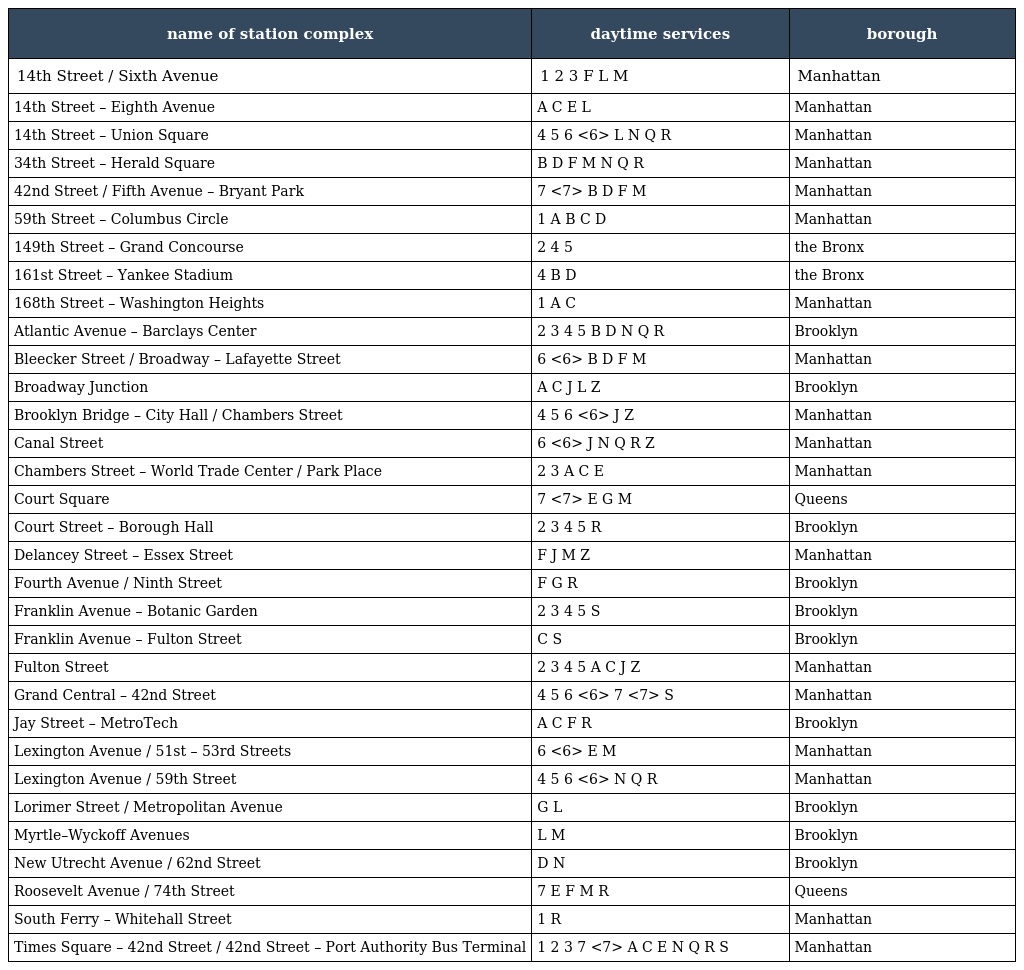
| name of station complex | daytime services | borough |
 | --- | --- | --- |
 | 14th Street / Sixth Avenue | 1 2 3 F L M | Manhattan |
 | 14th Street – Eighth Avenue | A C E L | Manhattan |
 | 14th Street – Union Square | 4 5 6 <6> L N Q R | Manhattan |
 | 34th Street – Herald Square | B D F M N Q R | Manhattan |
 | 42nd Street / Fifth Avenue – Bryant Park | 7 <7> B D F M | Manhattan |
 | 59th Street – Columbus Circle | 1 A B C D | Manhattan |
 | 149th Street – Grand Concourse | 2 4 5 | the Bronx |
 | 161st Street – Yankee Stadium | 4 B D | the Bronx |
 | 168th Street – Washington Heights | 1 A C | Manhattan |
 | Atlantic Avenue – Barclays Center | 2 3 4 5 B D N Q R | Brooklyn |
 | Bleecker Street / Broadway – Lafayette Street | 6 <6> B D F M | Manhattan |
 | Broadway Junction | A C J L Z | Brooklyn |
 | Brooklyn Bridge – City Hall / Chambers Street | 4 5 6 <6> J Z | Manhattan |
 | Canal Street | 6 <6> J N Q R Z | Manhattan |
 | Chambers Street – World Trade Center / Park Place | 2 3 A C E | Manhattan |
 | Court Square | 7 <7> E G M | Queens |
 | Court Street – Borough Hall | 2 3 4 5 R | Brooklyn |
 | Delancey Street – Essex Street | F J M Z | Manhattan |
 | Fourth Avenue / Ninth Street | F G R | Brooklyn |
 | Franklin Avenue – Botanic Garden | 2 3 4 5 S | Brooklyn |
 | Franklin Avenue – Fulton Street | C S | Brooklyn |
 | Fulton Street | 2 3 4 5 A C J Z | Manhattan |
 | Grand Central – 42nd Street | 4 5 6 <6> 7 <7> S | Manhattan |
 | Jay Street – MetroTech | A C F R | Brooklyn |
 | Lexington Avenue / 51st – 53rd Streets | 6 <6> E M | Manhattan |
 | Lexington Avenue / 59th Street | 4 5 6 <6> N Q R | Manhattan |
 | Lorimer Street / Metropolitan Avenue | G L | Brooklyn |
 | Myrtle–Wyckoff Avenues | L M | Brooklyn |
 | New Utrecht Avenue / 62nd Street | D N | Brooklyn |
 | Roosevelt Avenue / 74th Street | 7 E F M R | Queens |
 | South Ferry – Whitehall Street | 1 R | Manhattan |
 | Times Square – 42nd Street / 42nd Street – Port Authority Bus Terminal | 1 2 3 7 <7> A C E N Q R S | Manhattan |